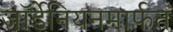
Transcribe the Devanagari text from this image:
जॉर्डेनियनमार्फत